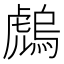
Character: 䖚